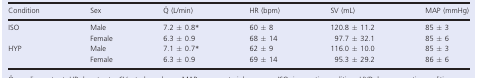
| Condition | Sex | (L/min) | HR (bpm) | SV (mL) | MAP (mmHg) |
 | --- | --- | --- | --- | --- | --- |
 | <ROWSPAN=2> ISO | Male | 7.2 ± 0.8* | 60 ± 8 | 120.8 ± 11.2 | 85 ± 3 |
 | Female | 6.3 ± 0.9 | 68 ± 14 | 97.7 ± 32.1 | 85 ± 6 |
 | <ROWSPAN=2> HYP | Male | 7.1 ± 0.7* | 62 ± 9 | 116.0 ± 10.0 | 85 ± 3 |
 | Female | 6.3 ± 0.9 | 69 ± 14 | 95.3 ± 29.2 | 86 ± 6 |